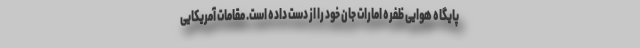
پایگاه هوایی ظفره امارات جان خود را از دست داده است. مقامات آمریکایی